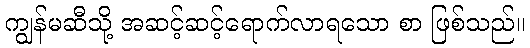
ကျွန်မဆီသို့ အဆင့်ဆင့်ရောက်လာရသော စာ ဖြစ်သည်။